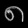
Digit: ၈